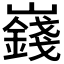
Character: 𪩞